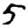
Digit: 5